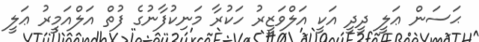
ޙަސަން ޢަލީ ދީދީ އަކީ އަލްވަޒީރު ހަކުރާ މަނިކުފާނުގެ ފުތް އަލްއަމީރު ޢަލީ